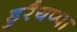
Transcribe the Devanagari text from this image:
डुरैयप्पा